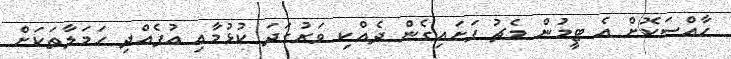
ހާއްސަކޮށް އެ ޓީމުން މެޗު ފަށައިގެން ދެއްކި ވަރުގަދަ ކުޅުމާއި އުފެއްދި ހަމަލާތަކަށް